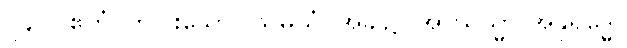
၂၄၀။ ဧကံ၊ တပါးသော။ သမယံ၊ အခါ၌။ အာယသ္မာ အနုရုဒ္ဓေါ၊